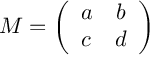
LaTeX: M = \left( \begin{array} { c c } { { a } } & { { b } } \\ { { c } } & { { d } } \end{array} \right)